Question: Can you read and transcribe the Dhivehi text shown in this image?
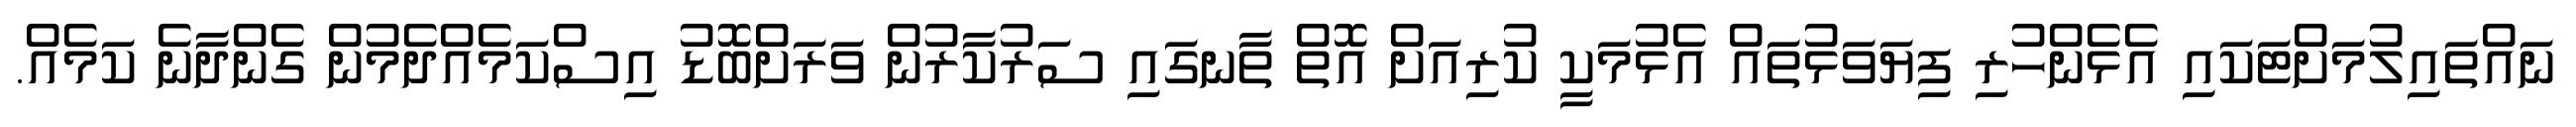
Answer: ނައްތައިލުމަށްޓަކައި އެޅެންހުރި ފިޔަވަޅުތައް އެޅުމަކީ ކުރިއަށް އޮތް ތާނގައި ސަރުކާރުން ވަރަށްބޮޑު އިސްކަމެއްދެމުން ގެންދާނެ ކަމެއް.